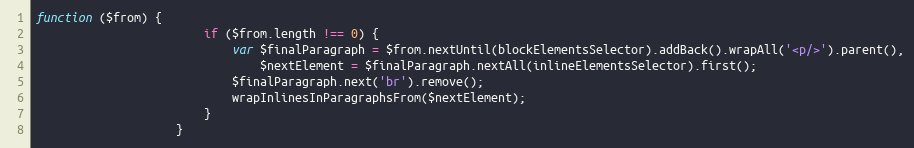
Language: JavaScript
function ($from) {
                        if ($from.length !== 0) {
                            var $finalParagraph = $from.nextUntil(blockElementsSelector).addBack().wrapAll('<p/>').parent(),
                                $nextElement = $finalParagraph.nextAll(inlineElementsSelector).first();
                            $finalParagraph.next('br').remove();
                            wrapInlinesInParagraphsFrom($nextElement);
                        }
                    }